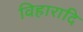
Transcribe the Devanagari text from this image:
विहारादि